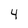
Character: 4